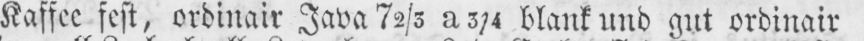
Kaffee fest, ordinair Java 72/3 a 3/4 blank und gut ordinair